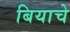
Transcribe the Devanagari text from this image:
बियाचे